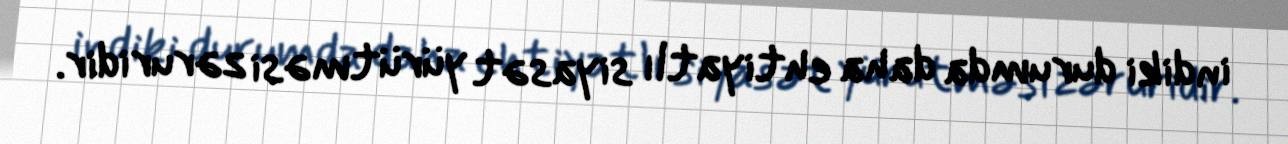
indiki durumda daha ehtiyatlı siyasət yürütməsi zəruridir.